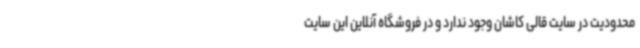
محدودیت در سایت قالی کاشان وجود ندارد و در فروشگاه آنلاین این سایت